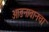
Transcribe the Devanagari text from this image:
आङनावानचा